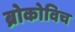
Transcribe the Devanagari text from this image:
ब्रोकोविच